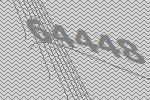
64448